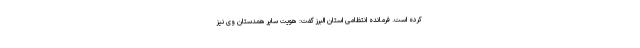
کرده است. فرمانده انتظامی استان البرز گفت: هویت سایر همدستان وی نیز